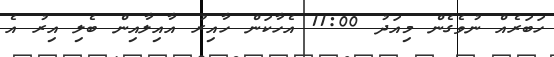
ހަބަރެއް ނުވެގެން މިއަދު 11:00 އެހާކަން ހާއިރު އާއިލާއިން ބެލި އިރު އެ